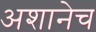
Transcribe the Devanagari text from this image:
अशानेच